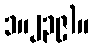
၁။၂၃၉)။